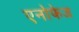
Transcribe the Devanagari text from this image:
एनोफेज